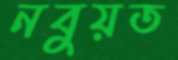
নবুয়ত